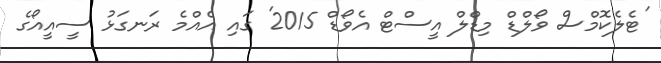
'ޓެލެކޮމްސް ވޯލްޑް މިޑްލް އީސްޓް އެވޯޑް 2015' ގައި އެއްމެ ރަނގަޅު ސީއީއޯގެ